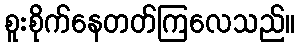
စူးစိုက်နေတတ်ကြလေသည်။